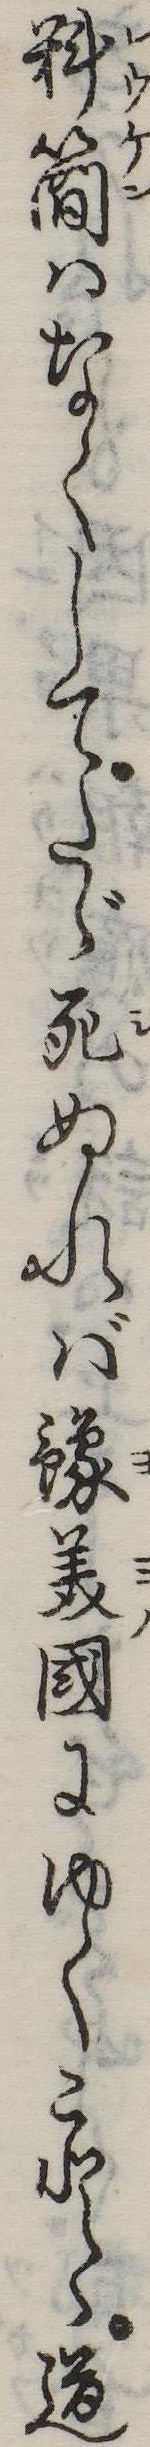
料簡はなくしてたゞ死ぬれば予美国にゆくことゝ道